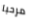
مرحبا